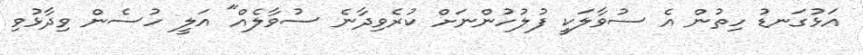
އަޅުގަނޑު ހިތުން އެ ސުވާލަކީ ފުލުހުންނަށް ކުރެވިދާނެ ސުވާލެއް" އަލީ ހުސެން ވިދާޅުވި